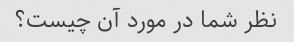
نظر شما در مورد آن چیست؟